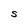
Character: S